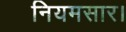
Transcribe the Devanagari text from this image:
नियमसार।